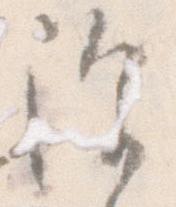
除